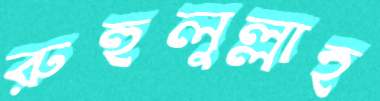
রুহুলুল্লাহ